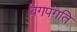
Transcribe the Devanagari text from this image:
बगपंगति